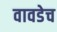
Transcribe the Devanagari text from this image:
वावडेच